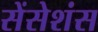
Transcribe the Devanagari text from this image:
सेंसेशंस